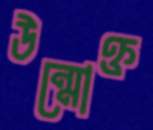
উন্মোক্ত